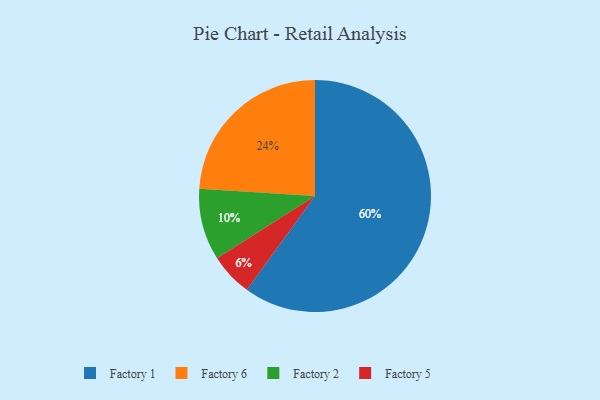
{"axis": {"x": "Category", "y": "Percentage"}, "legend": ["Factory 1", "Factory 2", "Factory 5", "Factory 6"], "data": [{"x": "Factory 5", "y": 6, "type": "Factory 5"}, {"x": "Factory 6", "y": 24, "type": "Factory 6"}, {"x": "Factory 1", "y": 60, "type": "Factory 1"}, {"x": "Factory 2", "y": 10, "type": "Factory 2"}]}